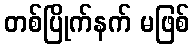
တစ်ပြိုက်နက် မဖြစ်